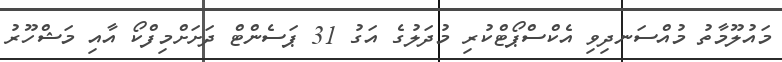
މައުލޫމާތު މުއްސަނދިވި އެކްސްޕޯޓްކުރި މުދަލުގެ އަގު 31 ޕަސެންޓް ދަށަށްމިފްކޯ އާއި މަޝްހޫރު